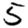
Digit: 5